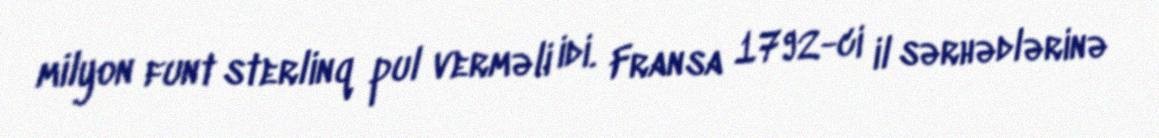
milyon funt sterlinq pul verməli idi. Fransa 1792-ci il sərhədlərinə